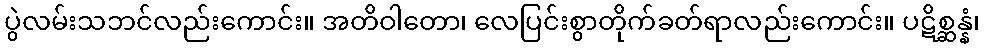
ပွဲလမ်းသဘင်လည်းကောင်း။ အတိဝါတော၊ လေပြင်းစွာတိုက်ခတ်ရာလည်းကောင်း။ ပဋိစ္ဆန္နံ၊